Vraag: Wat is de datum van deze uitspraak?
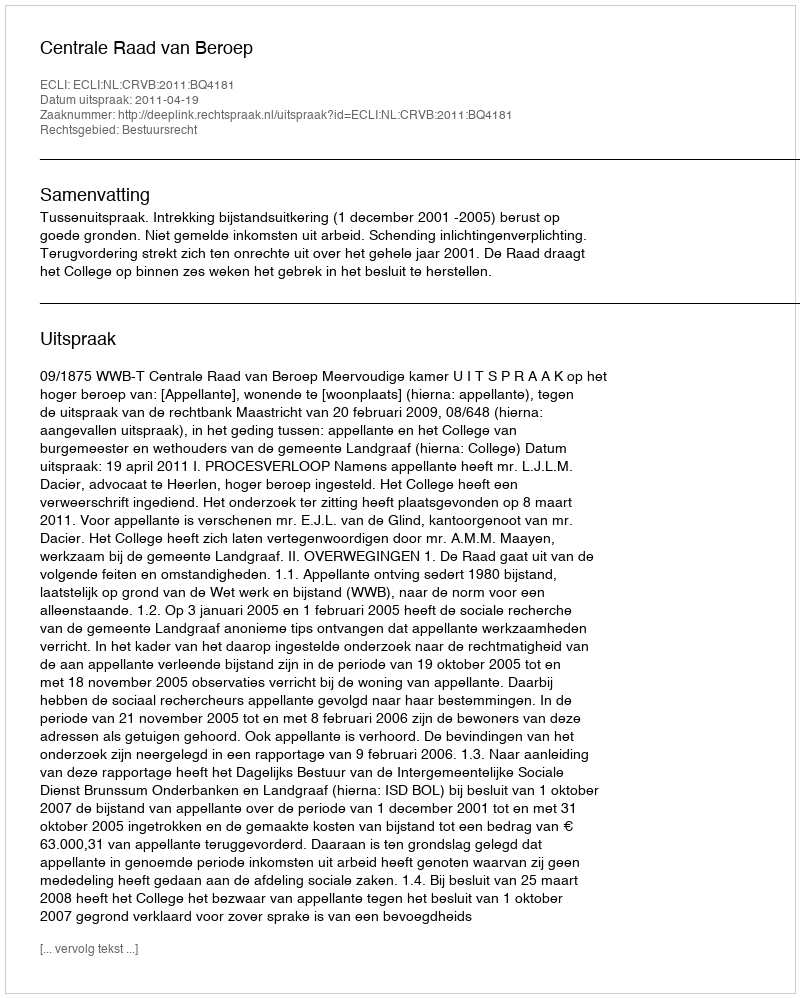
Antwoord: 2011-04-19